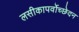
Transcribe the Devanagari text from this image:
लसीकापर्वोच्छेदन